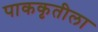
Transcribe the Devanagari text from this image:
पाककृतीला